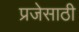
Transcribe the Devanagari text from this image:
प्रजेसाठी